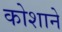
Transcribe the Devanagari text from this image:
कोशाने